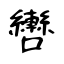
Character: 轡